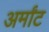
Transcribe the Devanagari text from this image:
अर्मांट